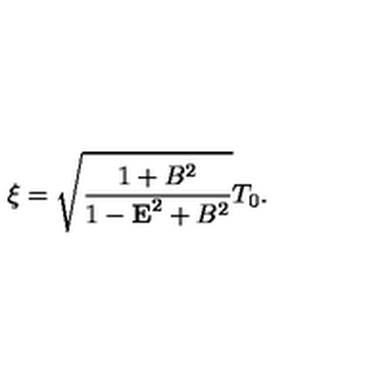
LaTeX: \xi = \sqrt { \frac { 1 + B ^ { 2 } } { 1 - { \bf E } ^ { 2 } + B ^ { 2 } } } T _ { 0 } .